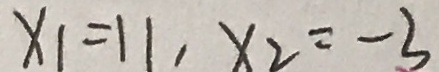
x _ { 1 } = 1 1 , x _ { 2 } = - 3